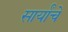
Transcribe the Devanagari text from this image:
सार्यांचे